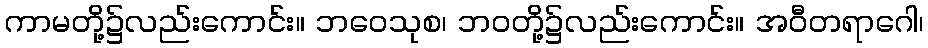
ကာမတို့၌လည်းကောင်း။ ဘဝေသုစ၊ ဘဝတို့၌လည်းကောင်း။ အဝီတရာဂေါ၊